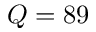
Q = 8 9